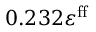
0 . 2 3 2 \varepsilon ^ { \mathrm { f f } }